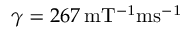
\gamma = 2 6 7 \, \mathrm { m T ^ { - 1 } m s ^ { - 1 } }